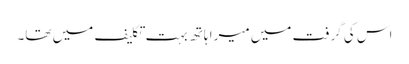
اس کی گرفت میں میرا ہاتھ بہت تکلیف میں تھا۔